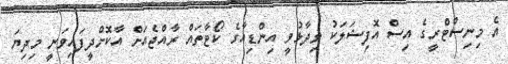
އެ މިނިސްޓްރީގެ އިސް އޮފިޝަލަކު ވިދާޅުވީ އިންޑިއާގެ ކޯޓާތައް ރާއްޖެއަށް އާކޮށްދީފައިވަނީ މިދިޔަ